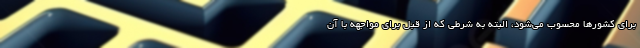
برای کشورها محسوب می‌شود، البته به شرطی که از قبل برای مواجهه با آن